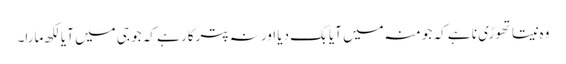
وہ نیتا تھوڑی نا ہے کہ جو منہ میں آیا بک دیا اور نہ پترکار ہے کہ جو جی میں آیا لکھ مارا۔